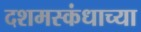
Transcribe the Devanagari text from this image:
दशमस्कंधाच्या